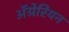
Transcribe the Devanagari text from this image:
ॲग्रेरियन